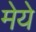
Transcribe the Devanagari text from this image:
मेये